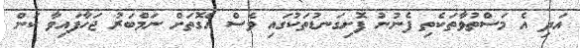
އަދި އެ މަސްތުވާތަކެތި ފެނުނު ފޮށިގަނޑުތަކުގައި ވެސް އެގޮތަށް ނަމްބަރު ޖަހާފައިވާ ކަން